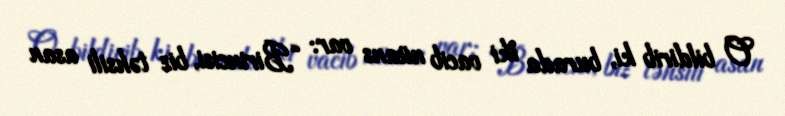
O bildirib ki, burada iki vacib nüans var: “Birincisi, biz təhsili asan